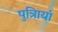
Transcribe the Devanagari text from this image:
पुत्रिायां